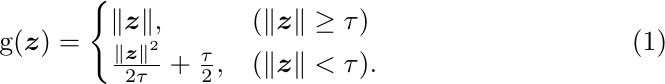
\begin{align}\label{smoothing}
\mathrm{g}(\boldsymbol{z})= \begin{cases}\|\boldsymbol{z}\|, & (\|\boldsymbol{z}\| \geq \tau) \\ \frac{\|\boldsymbol{z}\|^2}{2 \tau}+\frac{\tau}{2}, & (\|\boldsymbol{z}\|<\tau).\end{cases}
\end{align}